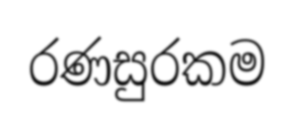
රණසුරකම